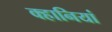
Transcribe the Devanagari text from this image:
क्हानियां